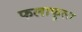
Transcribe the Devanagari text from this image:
फलाफूला